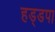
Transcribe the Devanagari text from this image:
हड्डपा